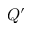
Q ^ { \prime }